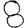
Digit: 8